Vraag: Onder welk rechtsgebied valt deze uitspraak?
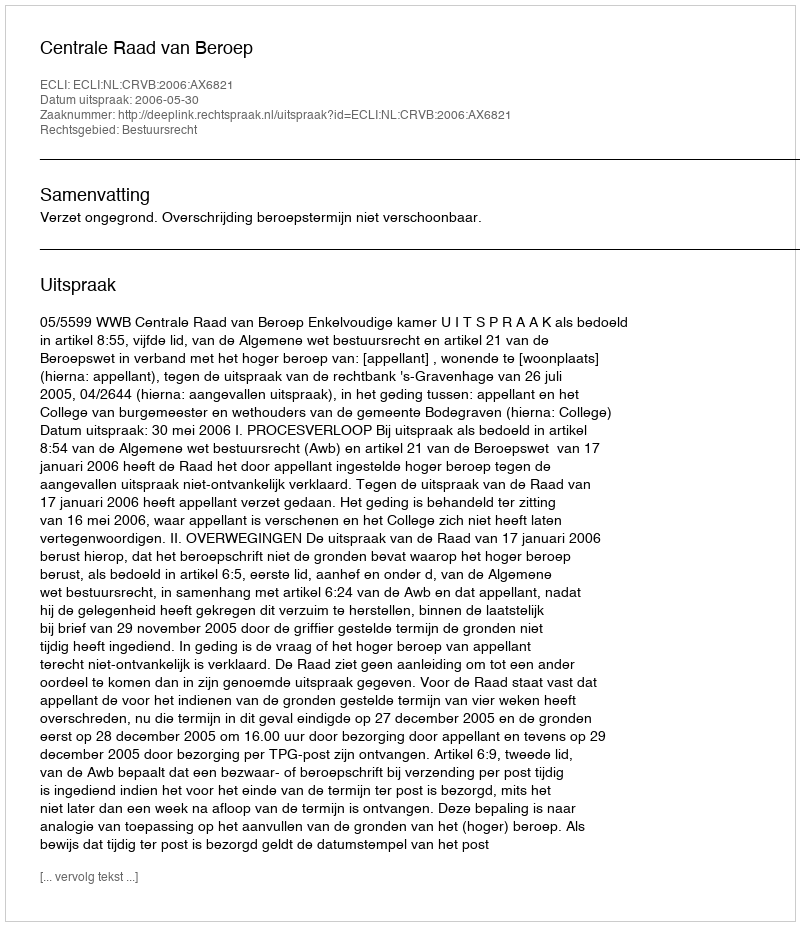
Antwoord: Bestuursrecht